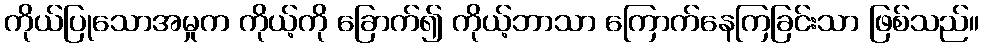
ကိုယ်ပြုသောအမှုက ကိုယ့်ကို ခြောက်၍ ကိုယ့်ဘာသာ ကြောက်နေကြခြင်းသာ ဖြစ်သည်။